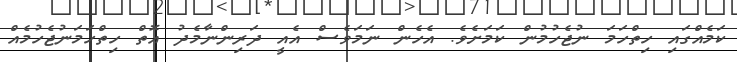
ކަމެއްގައި ހިތްހަމަ ނުޖެހުމުން ކަމަށެވެ. އެހެން ނަމަވެސް އެއީ ދަރިންނާމެދު އޮތް ހިތްހަމަނުޖެހުމެއް